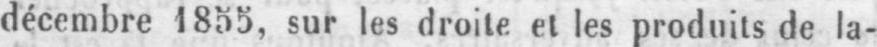
décembre 1855, sur les droite et les produits de la-